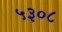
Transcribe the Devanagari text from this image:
५३०८